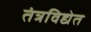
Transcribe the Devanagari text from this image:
तंत्रविद्येत